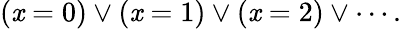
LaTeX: (\mathit{x}=0)\lor(\mathit{x}=1)\lor(\mathit{x}=2)\lor\cdots.